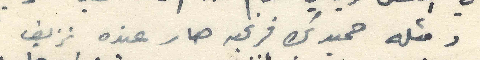
ومثله حميد بك فرنجيه صار عنده نزيف